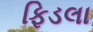
ફિડલા